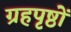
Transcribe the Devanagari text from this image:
ग्रहपृष्ठों